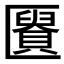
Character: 𰅩